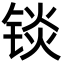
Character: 锬